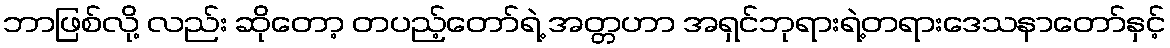
ဘာဖြစ်လို့ လည်း ဆိုတော့ တပည့်တော်ရဲ့ အတ္တဟာ အရှင်ဘုရားရဲ့တရားဒေသနာတော်နှင့်